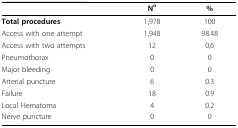
<table><thead><tr><td></td><td><b>N<sup>o</sup></b></td><td><b>%</b></td></tr></thead><tbody><tr><td><b>Total procedures</b></td><td>1,978</td><td>100</td></tr><tr><td>Access with one attempt</td><td>1,948</td><td>98.48</td></tr><tr><td>Access with two attempts</td><td>12</td><td>0,6</td></tr><tr><td>Pneumothorax</td><td>0</td><td>0</td></tr><tr><td>Major bleeding</td><td>0</td><td>0</td></tr><tr><td>Arterial puncture</td><td>6</td><td>0.3</td></tr><tr><td>Failure</td><td>18</td><td>0.9</td></tr><tr><td>Local Hematoma</td><td>4</td><td>0.2</td></tr><tr><td>Nerve puncture</td><td>0</td><td>0</td></tr></tbody></table>